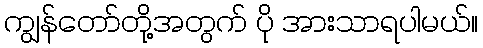
ကျွန်တော်တို့အတွက် ပို အားသာရပါမယ်။